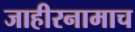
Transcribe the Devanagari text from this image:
जाहीरनामाच